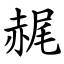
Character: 䞔